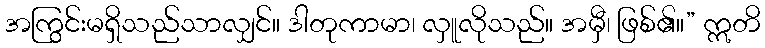
အကြွင်းမရှိသည်သာလျှင်။ ဒါတုကာမာ၊ လှူလိုသည်။ အမှီ၊ ဖြစ်၏။” ဣတိ